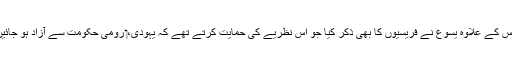
‏ اِس کے علاوہ یسوع نے فریسیوں کا بھی ذکر کِیا جو اِس نظریے کی حمایت کرتے تھے کہ یہودی،‏ رومی حکومت سے آزاد ہو جائیں۔